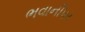
ભવાનીપર